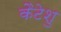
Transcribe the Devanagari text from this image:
कैटेशु